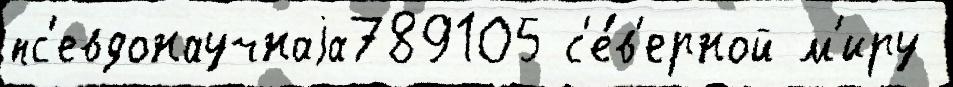
пс'евдонаучнаjа789105 с'е́в'ерной м'иру